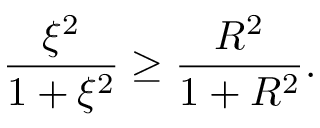
\frac { \xi ^ { 2 } } { 1 + \xi ^ { 2 } } \geq \frac { R ^ { 2 } } { 1 + R ^ { 2 } } .